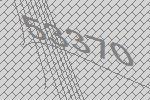
53370